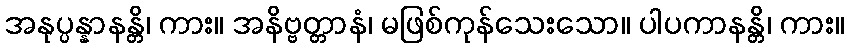
အနုပ္ပန္နာနန္တိ၊ ကား။ အနိဗ္ဗတ္တာနံ၊ မဖြစ်ကုန်သေးသော။ ပါပကာနန္တိ၊ ကား။